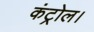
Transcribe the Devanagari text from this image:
कंट्रोल।